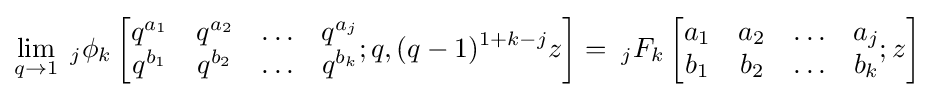
\lim _{q\to 1}\;_{j}\phi _{k}\left[{\begin{matrix}q^{a_{1}}&q^{a_{2}}&\ldots &q^{a_{j}}\\q^{b_{1}}&q^{b_{2}}&\ldots &q^{b_{k}}\end{matrix}};q,(q-1)^{1+k-j}z\right]=\;_{j}F_{k}\left[{\begin{matrix}a_{1}&a_{2}&\ldots &a_{j}\\b_{1}&b_{2}&\ldots &b_{k}\end{matrix}};z\right]